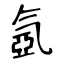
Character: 氬